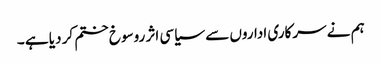
ہم نے سرکاری اداروں سے سیاسی اثر روسوخ ختم کر دیا ہے ۔